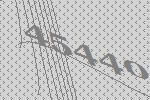
45440